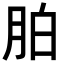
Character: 胉